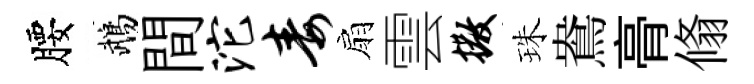
腰鵡間沱毒扇雲撒珠鴦𮌔翛